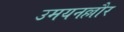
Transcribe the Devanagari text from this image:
उमयनल्लौर